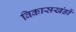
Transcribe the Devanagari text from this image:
विकासखंडों